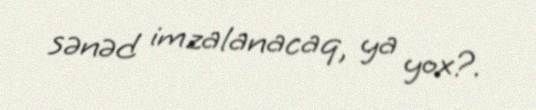
sənəd imzalanacaq, ya yox?.